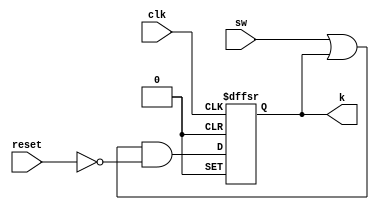
module sword(	clk,	reset,	sw,	k);


	input wire	clk;
	input wire	reset;
	input wire	sw;
	output wire	k;

	wire	sword_and_to_flipflop;
	wire	swordandbottom;
	wire	swordandtop;
	wire	Swordorbottom;
	reg	Swordortop;
	wire	n0;
	wire	n1;

	assign	n0 = 1;
	assign	n1 = 1;



	assign	swordandtop = Swordorbottom | Swordortop;


	always@(posedge clk or negedge n0 or negedge n1)
	begin
	if (!n0)
		begin
		Swordortop <= 0;
		end
	else
	if (!n1)
		begin
		Swordortop <= 1;
		end
	else
		begin
		Swordortop <= sword_and_to_flipflop;
		end
	end

	assign	swordandbottom =  ~reset;



	assign	sword_and_to_flipflop = swordandtop & swordandbottom;

	assign	k = Swordortop;
	assign	Swordorbottom = sw;

endmodule